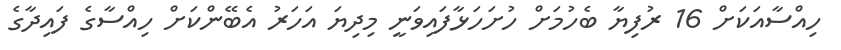
ހިއްސާއަަކަށް 16 ރުފިޔާ ބެހުމަށް ހުށަހަޅާފައިވަނީ މިދިޔަ އަހަރު އެބޭންކަށް ހިއްސާގެ ފައިދާގެ